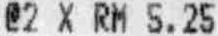
@2 X RM 5.25